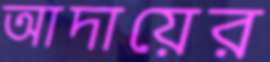
আদায়ের